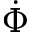
\dot { \Phi }